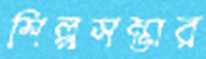
শিল্পসম্ভার